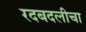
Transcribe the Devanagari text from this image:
रदबदलीचा